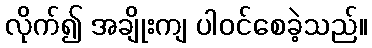
လိုက်၍ အချိုးကျ ပါဝင်စေခဲ့သည်။